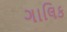
ગાલિક